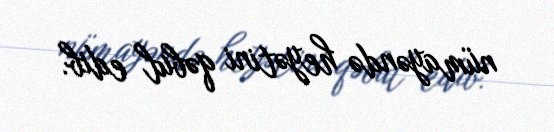
nümayəndə heyətini qəbul edib.